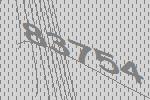
83754